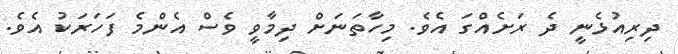
ދިރިއުޅެނީ ދެ ރަށެއްގަ އެވެ. މިހާތަނަށް ދިމާވީ ވެސް އެންމެ ފަހަރަކު އެވެ.